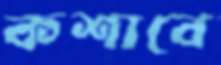
কশাবে